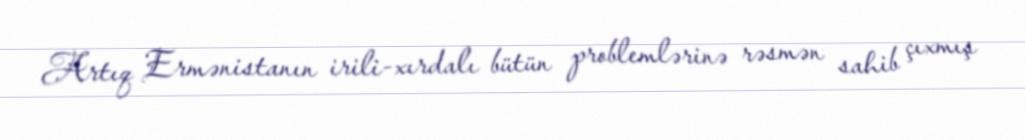
Artıq Ermənistanın irili-xırdalı bütün problemlərinə rəsmən sahib çıxmış